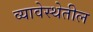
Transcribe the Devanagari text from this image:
व्यावेस्थेतील